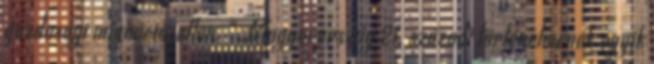
gazdasági migráció, ellen. ” Magyarország 21. századi történelmének egyik